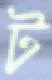
ট